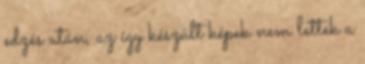
edzés után, az így készült képek nem lettek a